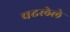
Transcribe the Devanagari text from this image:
वढलेले